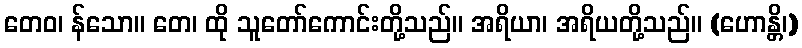
တေဝ၊ န်သော။ တေ၊ ထို သူတော်ကောင်းတို့သည်။ အရိယာ၊ အရိယတို့သည်။ (ဟောန္တိ၊)